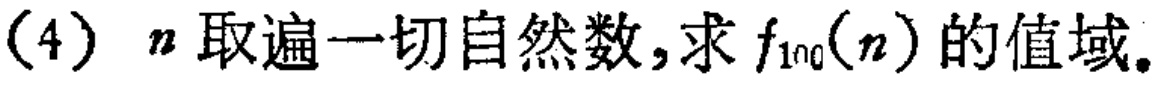
(4) \(n\)取遍一切自然数，求\(f_{100}(n)\)的值域。